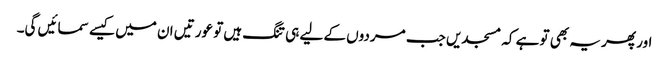
اور پھر یہ بھی تو ہے کہ مسجدیں جب مردوں کے لیے ہی تنگ ہیں تو عورتیں ان میں کیسے سمائیں گی۔